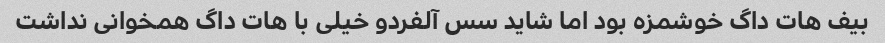
بیف هات داگ خوشمزه بود اما شاید سس آلفردو خیلی با هات داگ همخوانی نداشت